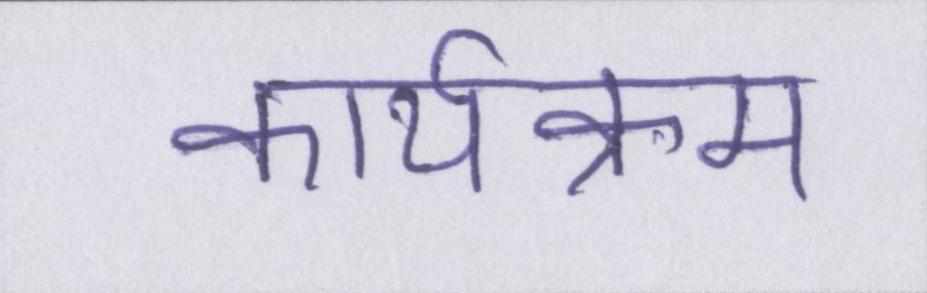
कार्यक्रम